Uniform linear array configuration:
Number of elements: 8
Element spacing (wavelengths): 1
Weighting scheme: blackman
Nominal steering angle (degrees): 0
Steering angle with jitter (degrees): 0.6863
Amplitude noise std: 0.05
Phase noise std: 0.05

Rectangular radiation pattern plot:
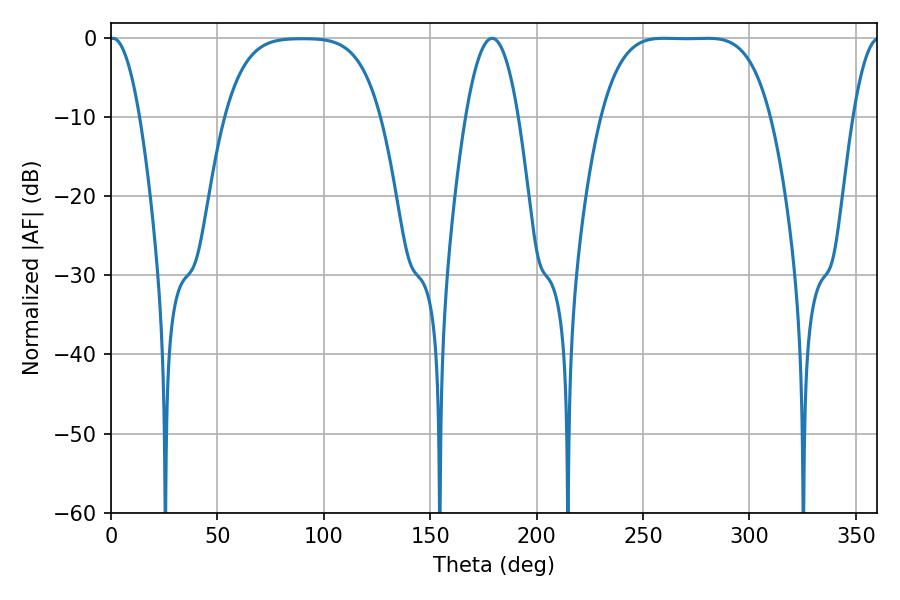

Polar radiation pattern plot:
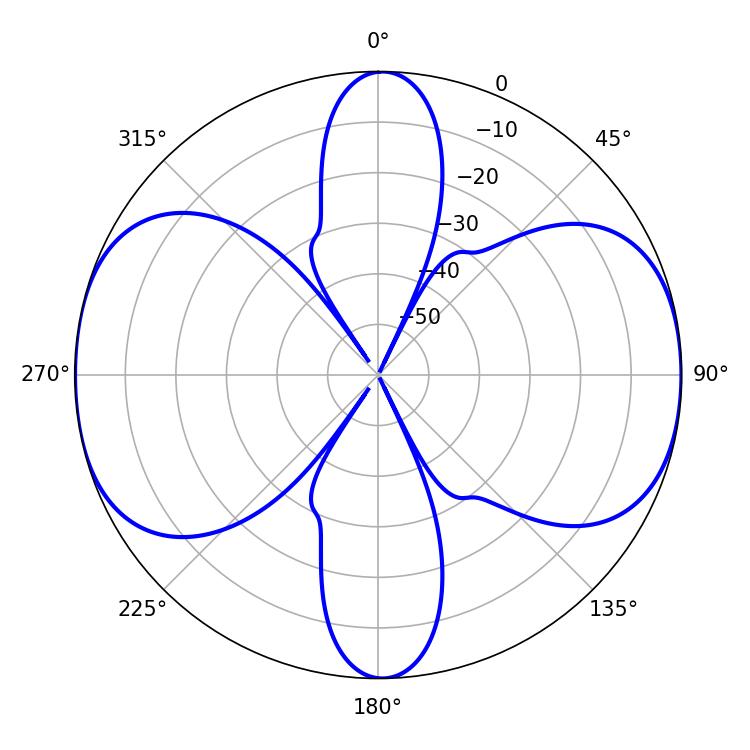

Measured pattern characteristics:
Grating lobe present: TRUE
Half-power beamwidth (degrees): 60.48
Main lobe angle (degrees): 280.26